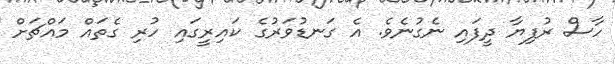
ހާސް ރުފިޔާ ދީފައި ނެގުނެވެ. އެ ގަނޑުވަރުގެ ކައިރީގައި ހުރި ގެތައް މައްޗަށް